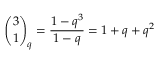
{ \binom { 3 } { 1 } } _ { q } = { \frac { 1 - q ^ { 3 } } { 1 - q } } = 1 + q + q ^ { 2 }